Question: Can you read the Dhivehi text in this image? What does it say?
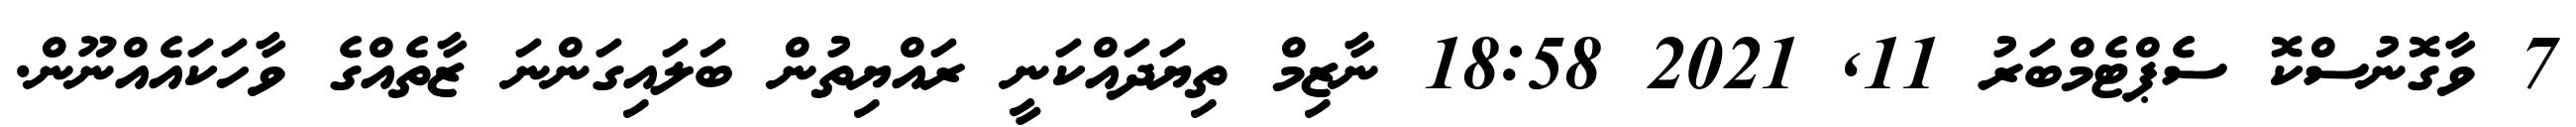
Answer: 7 ވާގޮނުސްކޮ ސެޕްޓެމްބަރު 11, 2021 18:58 ނާޒިމް ތިޔަދައްކަނީ ރައްޔިތުން ބަލައިގަންނަ ޒާތެއްގެ ވާހަކައެއްނޫން.